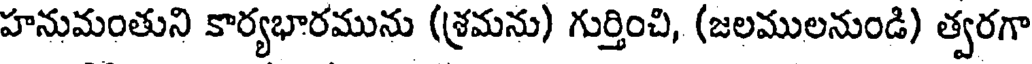
హనుమంతుని కార్యభారమును (శ్రమను) గుర్తించి, (జలములనుండి) త్వరగా